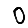
Digit: 0